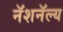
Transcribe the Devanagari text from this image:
नॅशनॅल्य